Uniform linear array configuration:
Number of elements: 8
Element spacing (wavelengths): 0.25
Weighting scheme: blackman
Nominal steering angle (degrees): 45
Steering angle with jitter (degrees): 46.21
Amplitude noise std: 0.05
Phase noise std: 0.05

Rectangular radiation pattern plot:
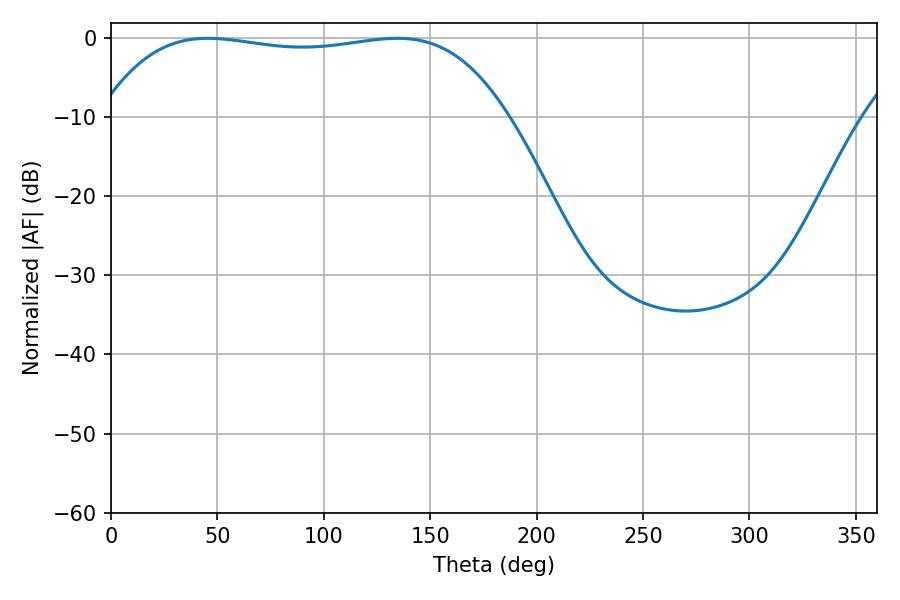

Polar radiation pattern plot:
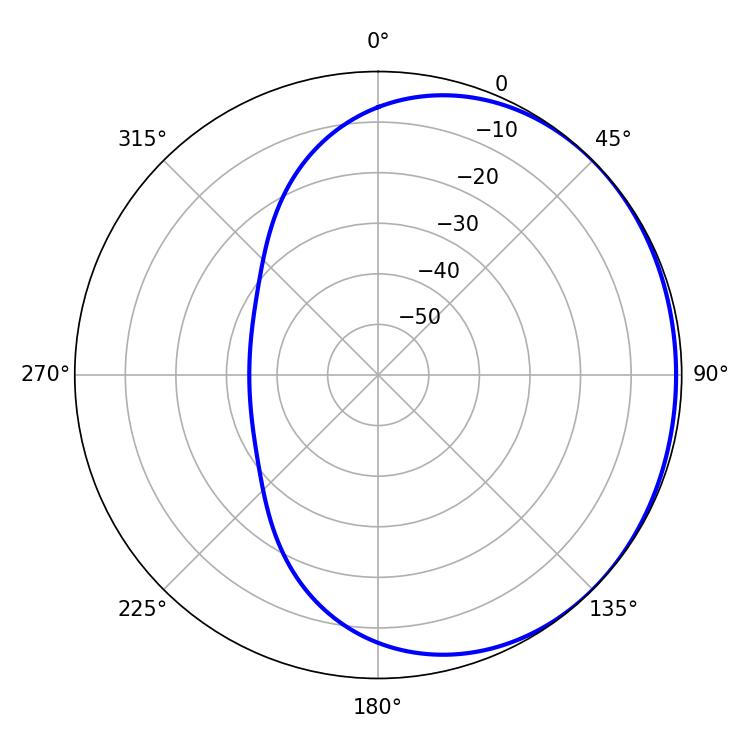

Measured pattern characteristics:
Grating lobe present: FALSE
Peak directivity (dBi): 0.7099
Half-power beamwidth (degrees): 151.92
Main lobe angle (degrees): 45.54